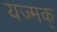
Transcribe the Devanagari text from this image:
यज्मक्